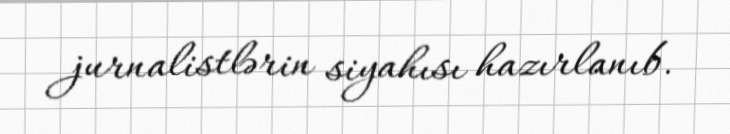
jurnalistlərin siyahısı hazırlanıb.